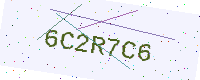
Text: 6C2R7C6